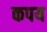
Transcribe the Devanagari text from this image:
कपय